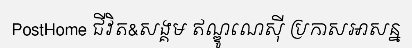
PostHome ជីវិត&សង្គម ឥណ្ឌូណេស៊ី ប្រកាសអាសន្ន